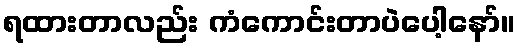
ရထားတာလည်း ကံကောင်းတာပဲပေါ့နော်။